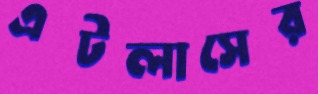
এটলাসের